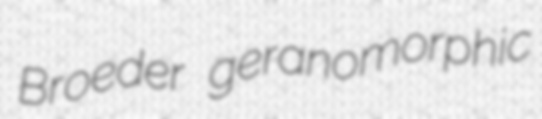
Broeder geranomorphic